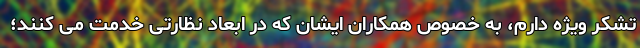
تشکر ویژه دارم، به خصوص همکاران ایشان که در ابعاد نظارتی خدمت می کنند؛